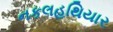
નકલહથિયાર